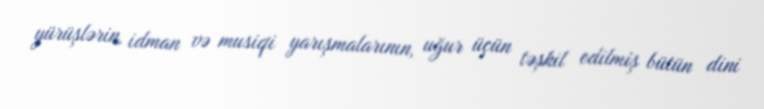
yürüşlərin, idman və musiqi yarışmalarının, uğur üçün təşkil edilmiş bütün dini